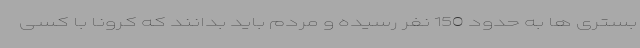
بستری ها به حدود 150 نفر رسیده و مردم باید بدانند که کرونا با کسی